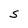
Character: S